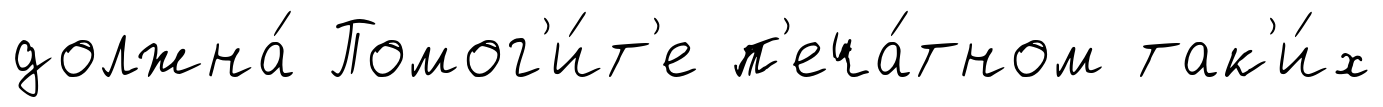
должна́ Помог'и́т'е п'еча́тном так'и́х